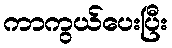
ကာကွယ်ပေးပြီး